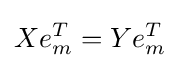
Xe_{m}^{T}=Ye_{m}^{T}